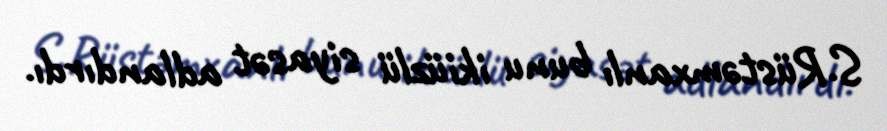
S.Rüstəmxanlı bunu ikiüzlü siyasət adlandırdı.